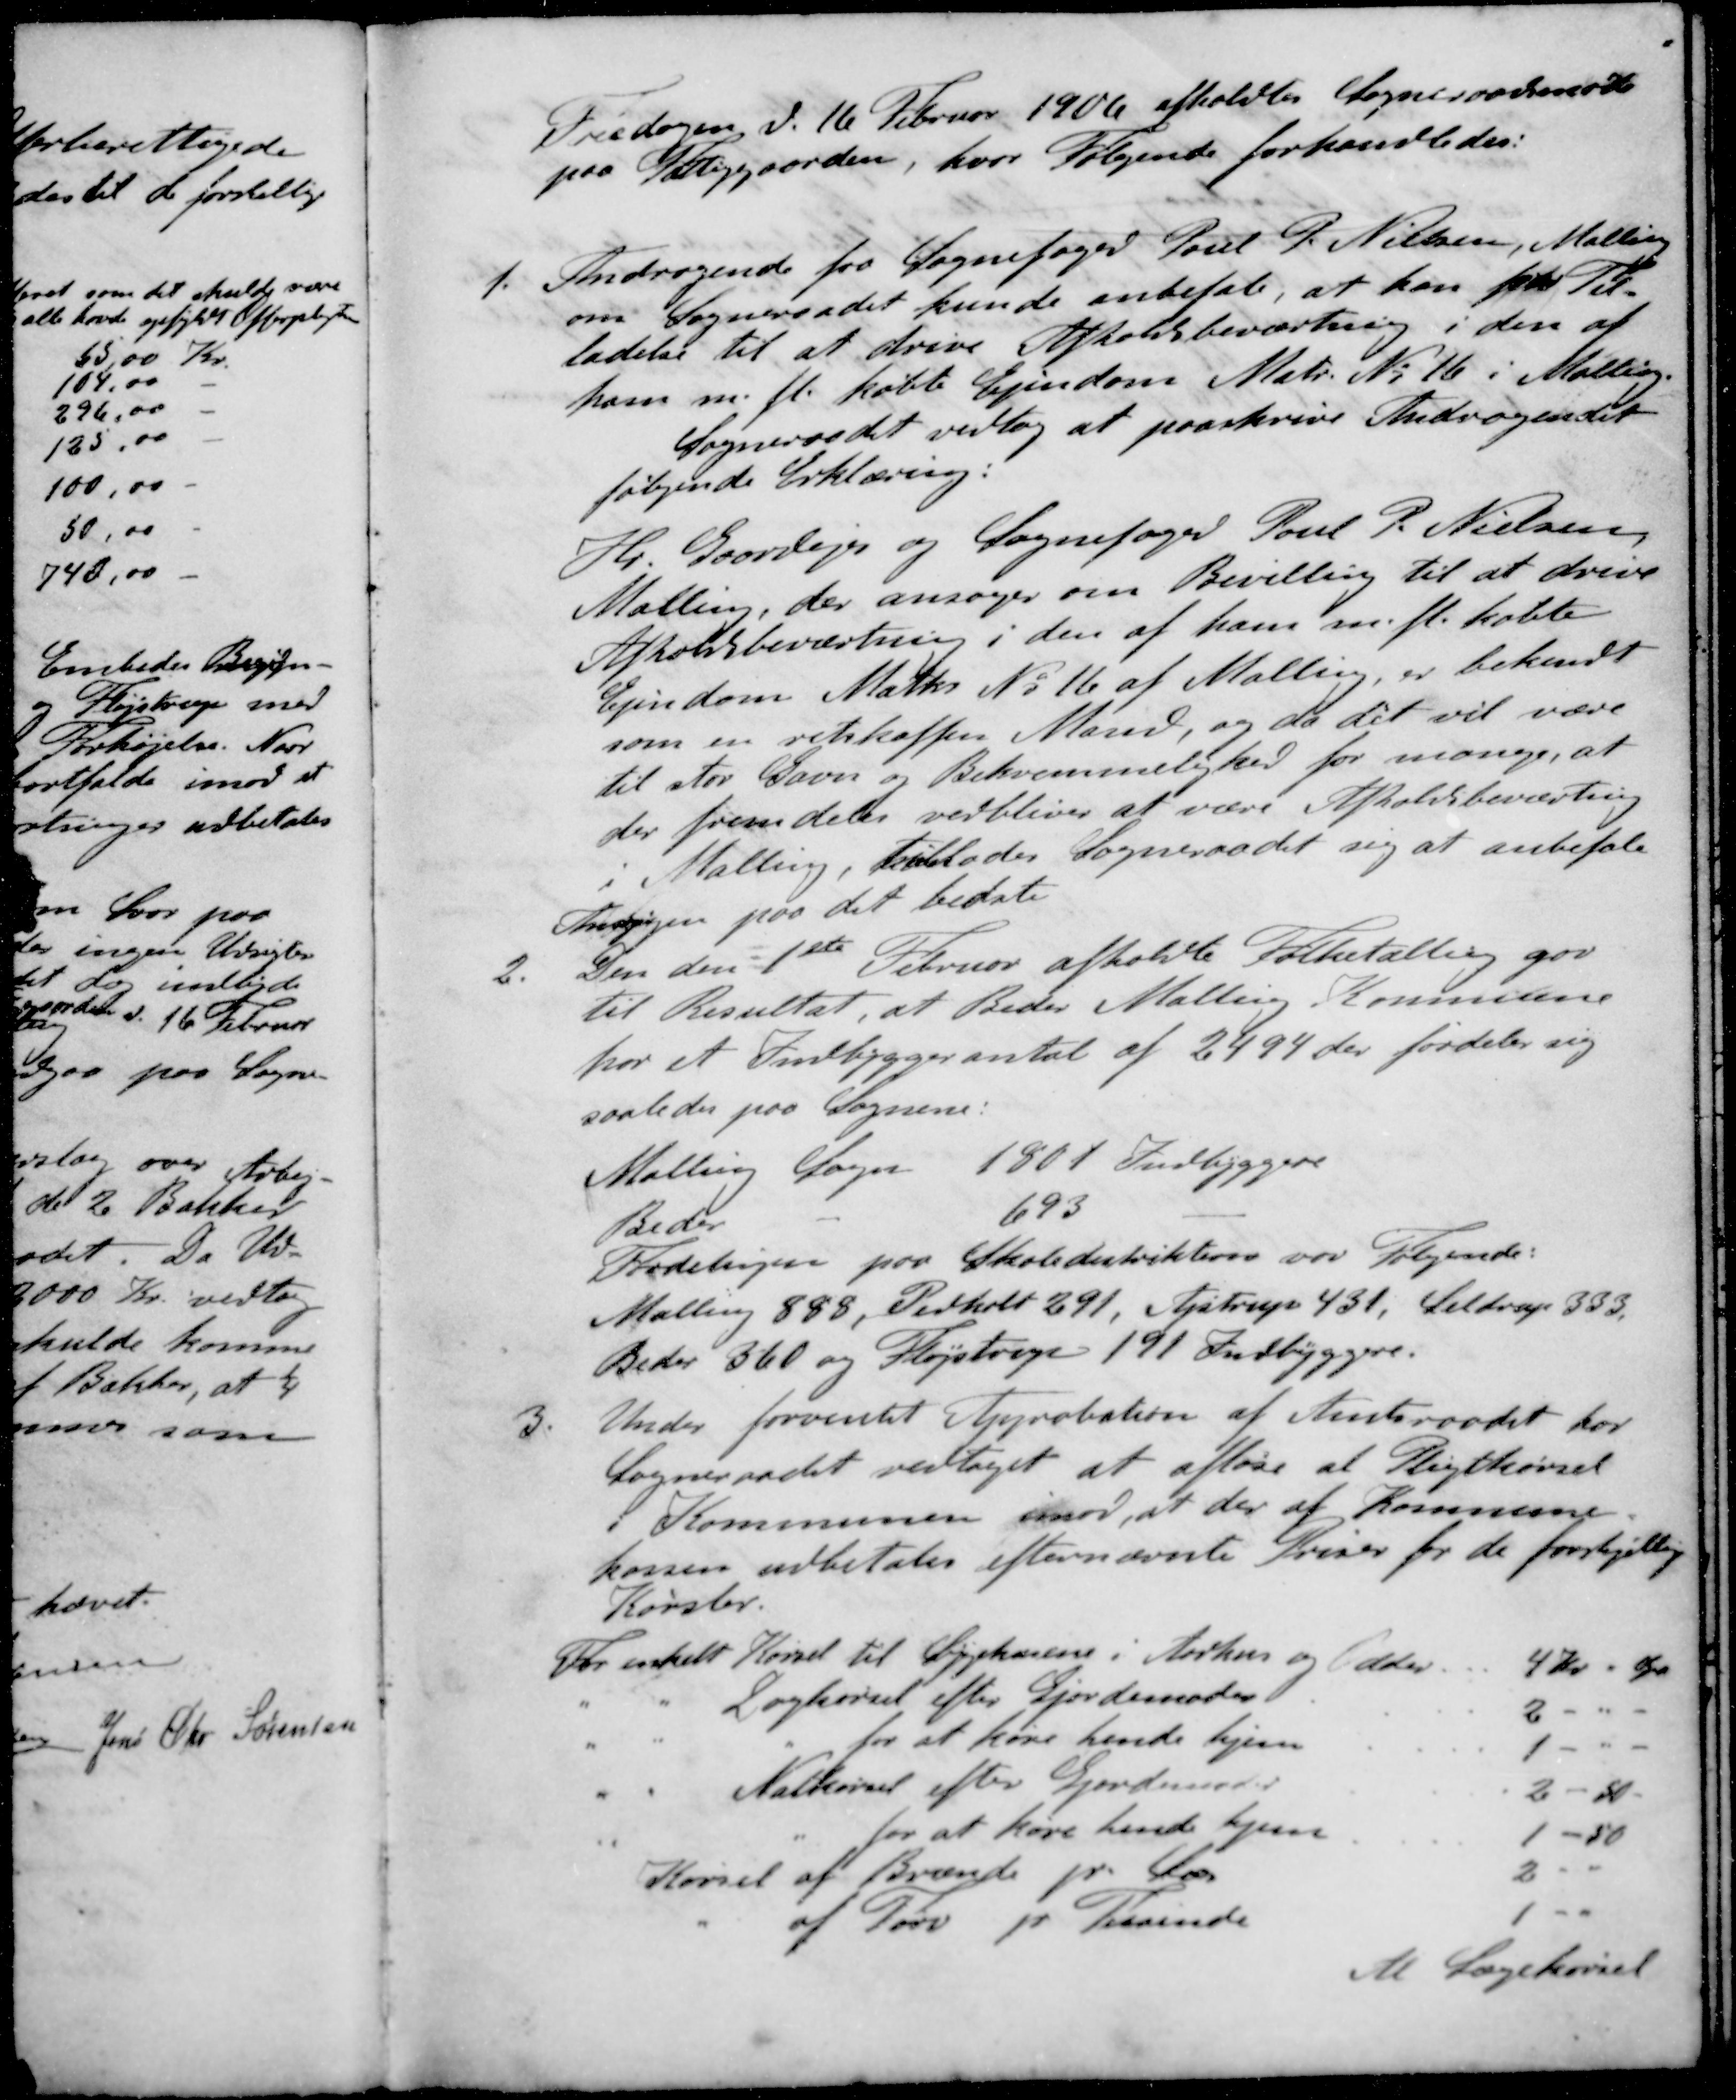
Transskription:
Fredagen d. 16 Februar 1906 afholdtes Sogneraadsmøde
paa Fattiggaarden, hvor følgende forhandledes:
1. Andragende fra Sognefoged Poul P. Nielsen, Malling
om Sogneraadet kunde anbefale, at kan for Til-
ladelse til at drive Afholdsbeværtning i den af
ham m. fl. købte Ejendom Matr. No 16 i Malling.
Sogneraadet vedtog at paaskrive Andragendet
følgende Erklæring:
Hr. Gaardejer og Sognefoged Poul P. Nielsen
Malling, der ansøger om Bevilling til at drive
Afholdsbeværtning i den af ham m. fl. købte
Ejendom Math. No 16 af Malling er bekendt
som en retskaffen Mand, og da det vil være
til stor Gavn og Bekvemmelighed for mange, at
der fremdeles vedbliver at være Afholdsbeværting
i Malling, tillader Sogneraadet sig at anbefale
Anmodningen paa det bedste
2. Den den 1ste  Februar afholdte Folketælling gav
til Resultat, at Beder Malling Kommune
har et Indbygger antal af 2494 der fordeler sig
saaledes paa Sognene:
Malling Sogn 1801 Indbyggere
Beder - 693 -
Fordelingen paa Skoledistrikterne var følgende:
Malling 888, Pedholt 291, Ajstrup 431, Seldrup 383.
Beder 360 og Fløjstrup 191 Indbyggere.
3. Under forventet Approbation af Amtsraadet har
Sogneraadet vedtaget at afløse at Pligtkørsel
i Kommunen mod, at der af Kommune-
kassen udbetales efternævnte Priser for de forskjellige
Kørsler.
For enkelt Kørsel til Sygehusene i Aarhus og Odder.
4 Kr.- Øre
- - Dagkørsel efter Hjordemoder
2 -
- - - for at køre hende hjem
1 -
- - Natkørsel efter Hjordemoder
2 - 50 -
- - - for at køre hende hjem
1 - 50
Kørsel af Brænde pr. Læs
2 -
- af Tørv pr Tusinde
1 -
Al Lægekørsel